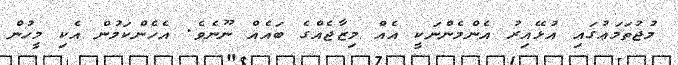
މުޖުތަމަޢުގައި އުޅޭއިރު އެންމެންނަކީ އެއް މިޒާޖެއްގެ ބައެއް ނޫނެވެ. އެހެންކަމުން އެކި މީހުން